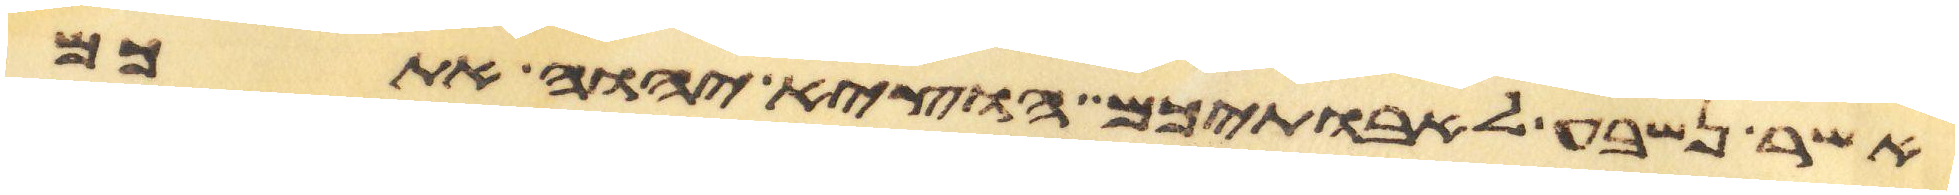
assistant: אשר נשבע לאבתיכם הוציא יהוה אתכם